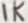
Text: 1K